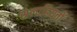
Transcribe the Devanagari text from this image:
सलाहियतों